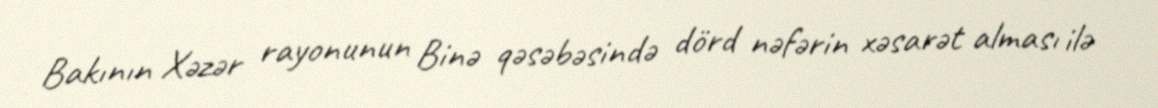
Bakının Xəzər rayonunun Binə qəsəbəsində dörd nəfərin xəsarət alması ilə